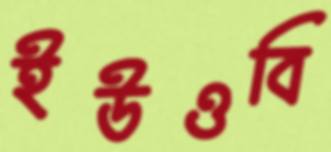
ইউওবি